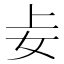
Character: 𪥤